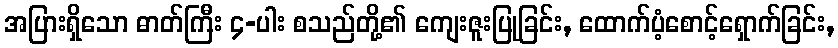
အပြားရှိသော ဓာတ်ကြီး ၄-ပါး စသည်တို့၏ ကျေးဇူးပြုခြင်း, ထောက်ပံ့စောင့်ရှောက်ခြင်း,